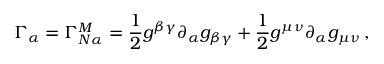
\Gamma _ { \alpha } = \Gamma _ { N \alpha } ^ { M } = \frac { 1 } { 2 } g ^ { \beta \gamma } \partial _ { \alpha } g _ { \beta \gamma } + \frac { 1 } { 2 } g ^ { \mu \nu } \partial _ { \alpha } g _ { \mu \nu } \, ,